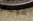
فوستر